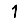
Digit: 1